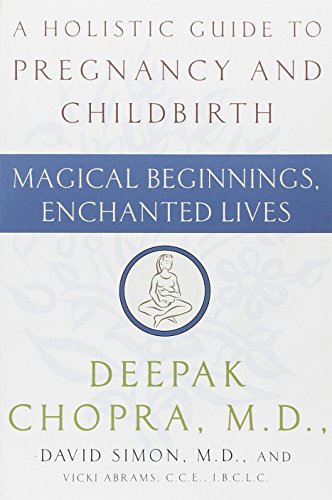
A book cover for Magical Beginnings, Enchanted Lives; Deepak Chopra M.D.; Parenting & Relationships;